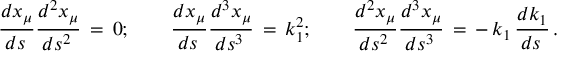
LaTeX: \frac { d x _ { \mu } } { d s \, } \frac { d ^ { 2 } x _ { \mu } } { d s ^ { 2 } \, } \, = \, 0 ; \qquad \frac { d x _ { \mu } } { d s \, } \frac { d ^ { 3 } x _ { \mu } } { d s ^ { 3 } \, } \, = \, k _ { 1 } ^ { 2 } ; \qquad \frac { d ^ { 2 } x _ { \mu } } { d s ^ { 2 } \, } \frac { d ^ { 3 } x _ { \mu } } { d s ^ { 3 } \, } \, = \, - \, k _ { 1 } \, \frac { d k _ { 1 } } { d s \, } \, { . }